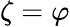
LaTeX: \zeta=\varphi